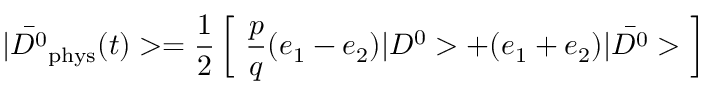
| \bar { D ^ { 0 } } _ { \mathrm { p h y s } } ( t ) > = \frac { 1 } { 2 } \left[ ~ \frac { p } { q } ( e _ { 1 } - e _ { 2 } ) | D ^ { 0 } > + ( e _ { 1 } + e _ { 2 } ) | \bar { D ^ { 0 } } > ~ \right]